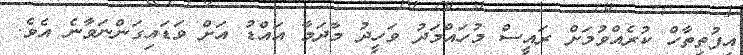
އިފުތިތާހް ކުރެއްވުމަށް ރައީސް މުހައްމަދު ވަހީދު މާދަމާ އައްޑު އަށް ވަޑައިގަންނަވާނެ އެވެ.